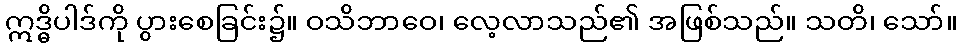
ဣဒ္ဓိပါဒ်ကို ပွားစေခြင်း၌။ ဝသိဘာဝေ၊ လေ့လာသည်၏ အဖြစ်သည်။ သတိ၊ သော်။